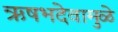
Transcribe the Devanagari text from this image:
ऋषभदेवामुळे